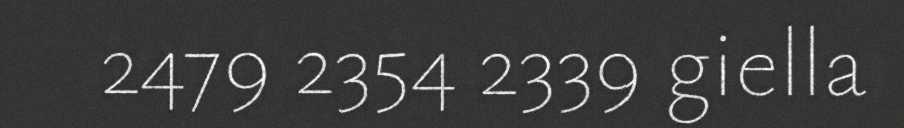
2479 2354 2339 giella